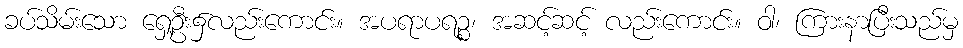
ခပ်သိမ်းသော ရှေ့ဦး၌လည်းကောင်း။ အပရာပရဉ္စ၊ အဆင့်ဆင့် လည်းကောင်း။ ဝါ၊ ကြားနာပြီးသည်မှ